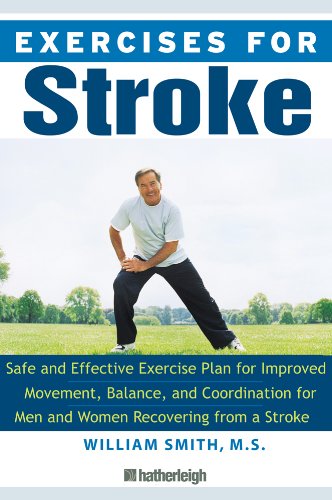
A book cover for Exercises for Stroke: The Complete Program for Rehabilitation through Movement, Balance, and Coordination; William Smith; Health, Fitness & Dieting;